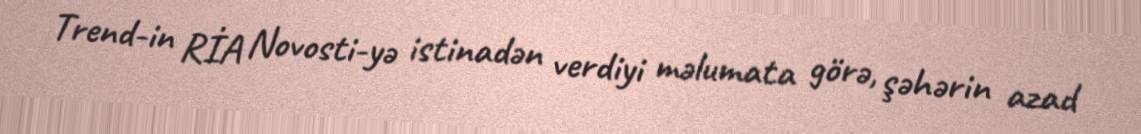
Trend-in RİA Novosti-yə istinadən verdiyi məlumata görə, şəhərin azad